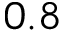
0 . 8